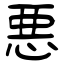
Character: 悪